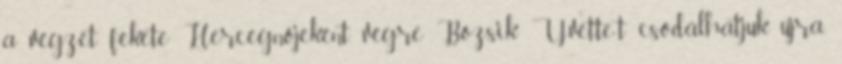
a végzet fekete Hercegnőjeként, végre Bozsik Yvette-t csodálhatjuk újra.